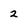
Character: 2